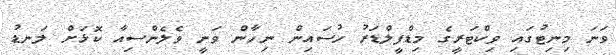
ވަނަ މިނިޓުގައި ވިކްޓަރީގެ މިޑްފީލްޑަރު ހުސައިން ނިހާން ވަނީ ވެލެންސިއާ ކޮޅަށް ލަނޑު